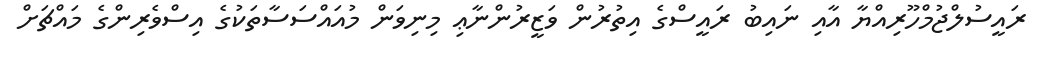
ރައީސުލްޖުމްހޫރިއްޔާ އާއި ނައިބު ރައީސްގެ އިތުރުން ވަޒީރުންނާޢި މިނިވަން މުއައްސަސާތަކުގެ އިސްވެރިންގެ މައްޗަށް